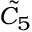
{ \tilde { C } } _ { 5 }